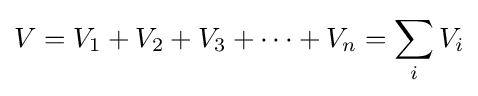
V=V_{1}+V_{2}+V_{3}+\dots +V_{n}=\sum _{i}V_{i}